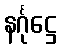
နင်္ဂုဋ္ဌေ